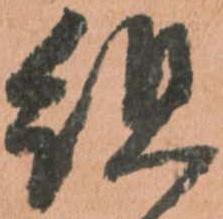
組